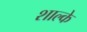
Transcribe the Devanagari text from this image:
शाल्के